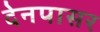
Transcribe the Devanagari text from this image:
देनपासर